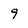
Character: 9